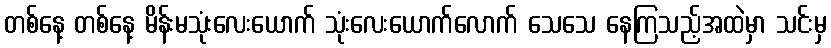
တစ်နေ့ တစ်နေ့ မိန်းမသုံးလေးယောက် သုံးလေးယောက်လောက် သေသေ နေကြသည့်အထဲမှာ သင်းမှ